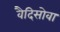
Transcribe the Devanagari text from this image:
वैदिसोवा